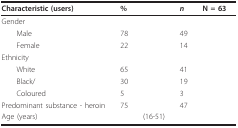
| Characteristic (users) | % |  | n | N = 63 |
 | --- | --- | --- | --- | --- |
 | Gender |  |  |  |  |
 | Male | 78 |  | 49 |  |
 | Female | 22 |  | 14 |  |
 | Ethnicity |  |  |  |  |
 | White | 65 |  | 41 |  |
 | Black/ | 30 |  | 19 |  |
 | Coloured | 5 |  | 3 |  |
 | Predominant substance - heroin | 75 |  | 47 |  |
 | Age (years) |  | (16-51) |  |  |